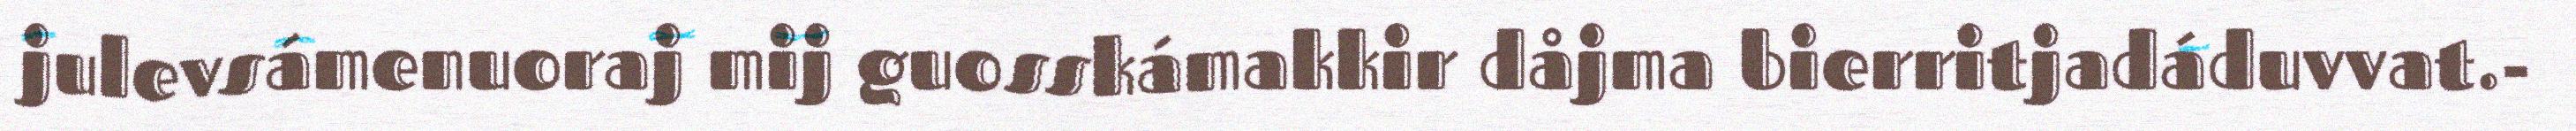
julevsámenuoraj mij guosskámakkir dåjma bierritjadáduvvat.-